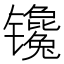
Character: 镵